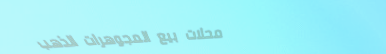
محلات بيع المجوهرات الذهب